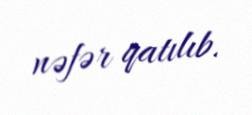
nəfər qatılıb.